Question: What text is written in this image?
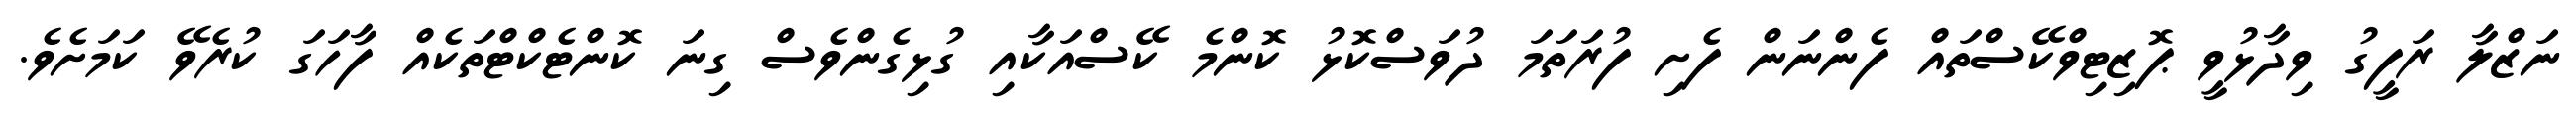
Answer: ނަޒްލާ ރަފީގު ވިދާޅުވީ ޕޮޒިޓިވްކޭސްތައް ފެންނަން ފެށި ފުރަތަމަ ދުވަސްކޮޅު ކޮންމެ ކޭސްއަކާއި ގުޅިގެންވެސް ގިނަ ކޮންޓެކްޓްތަކެއް ފާހަގަ ކުރެވޭ ކަމަށެވެ.